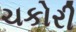
ચકોરી